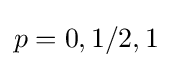
p=0,1/2,1